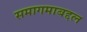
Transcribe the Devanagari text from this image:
समागमाबद्दल